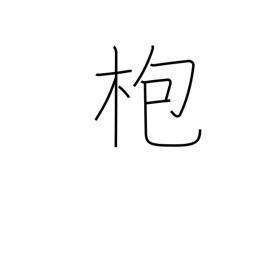
Meaning: gong stick